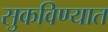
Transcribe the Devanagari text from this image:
सुकविण्यात